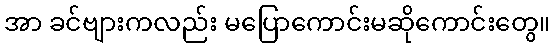
အာ ခင်ဗျားကလည်း မပြောကောင်းမဆိုကောင်းတွေ။